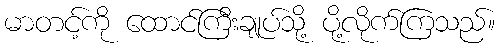
မာတင့်ကို ထောင်ကြီးချုပ်သို့ ပို့လိုက်ကြသည်။